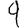
Digit: 9